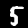
Digit: 5